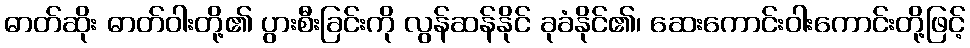
ဓာတ်ဆိုး ဓာတ်ဝါးတို့၏ ပွားစီးခြင်းကို လွန်ဆန်နိုင် ခုခံနိုင်၏၊ ဆေးကောင်းဝါးကောင်းတို့ဖြင့်